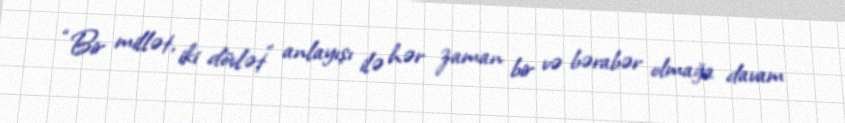
“Bir millət, iki dövlət” anlayışı ilə hər zaman bir və bərabər olmağa davam